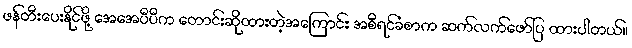
ဖန်တီးပေးနိုင်ဖို့ အေအေပီပီက တောင်းဆိုထားတဲ့အကြောင်း အစီရင်ခံစာက ဆက်လက်ဖော်ပြ ထားပါတယ်။